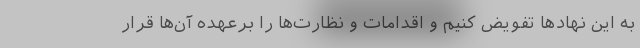
به این نهادها تفویض کنیم و اقدامات و نظارت‌ها را برعهده آن‌ها قرار